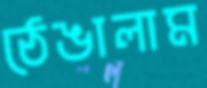
ঠেঙালাম